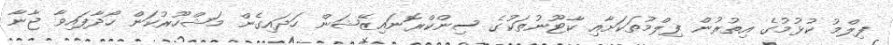
ފިލްމު ކުޅުމުގެ އިތުރުން ފިލްމުތަކަށާއި ކާޓޫނުތަކުގެ ސިންކްރޮނައިޒޭޝަން ހަދައިގެން މަޝްހޫރުކަން ހޯދާފައިވާ ޖާނާ